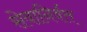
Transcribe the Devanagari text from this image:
सेवानिर्वत्त